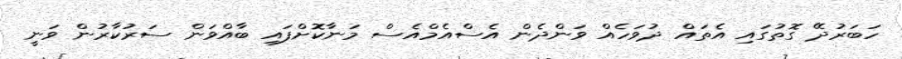
ހަބަރުދޭ ގޮތުގައި އެތައް ދުވަހެއް ވަންދެން އެސްއެމްއެސް މަނާކޮށްފައި ބާއްވަން ސަރުކާރުން ވަނީ